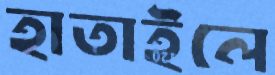
হাতাইলে